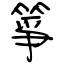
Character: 箏